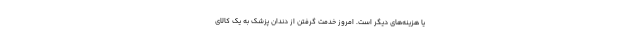
یا هزینه‌های دیگر است. امروز خدمت گرفتن از دندان‌ پزشک به یک کالای